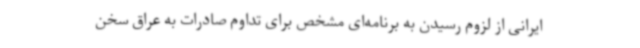
ایرانی از لزوم رسیدن به برنامه‌ای مشخص برای تداوم صادرات به عراق سخن